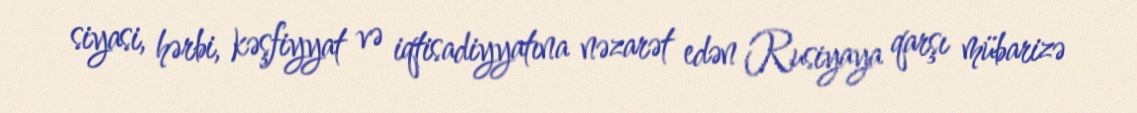
siyasi, hərbi, kəşfiyyat və iqtisadiyyatına nəzarət edən Rusiyaya qarşı mübarizə